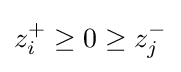
z_{i}^{+}\geq 0\geq z_{j}^{-}